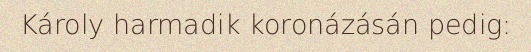
Károly harmadik koronázásán pedig: